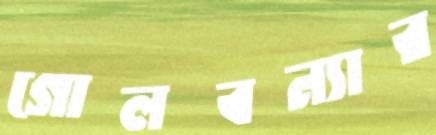
গোলবন্যার